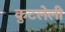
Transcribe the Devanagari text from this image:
कुटलेली